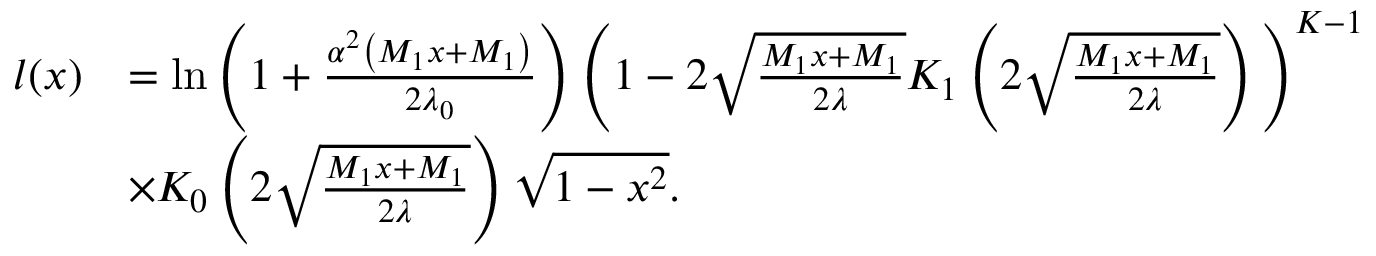
\begin{array} { r l } { l ( x ) } & { = \mathrm { l n } \left( 1 + \frac { \alpha ^ { 2 } \left( M _ { 1 } x + M _ { 1 } \right) } { 2 \lambda _ { 0 } } \right) \Bigg ( 1 - 2 \sqrt { \frac { M _ { 1 } x + M _ { 1 } } { 2 \lambda } } K _ { 1 } \left( 2 \sqrt { \frac { M _ { 1 } x + M _ { 1 } } { 2 \lambda } } \right) \Bigg ) ^ { K - 1 } } \\ & { \times K _ { 0 } \left( 2 \sqrt { \frac { M _ { 1 } x + M _ { 1 } } { 2 \lambda } } \right) \sqrt { 1 - x ^ { 2 } } . } \end{array}